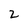
Character: 2